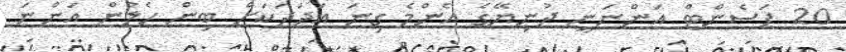
20 ޕަސެންޓް އަންނަނީ ދުނިޔޭގެ އެންމެ ގިނަ އަދަދަކަށް ބިން ހެލުން އަންނަ